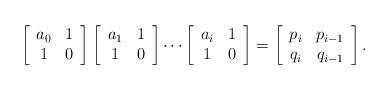
LaTeX: \begin{align*}\left[\begin{array}{cc} a_0 & 1\\ 1 & 0 \end{array}\right]\left[\begin{array}{cc} a_1 & 1\\ 1 & 0 \end{array}\right]\cdots\left[\begin{array}{cc} a_i & 1\\ 1 & 0 \end{array}\right]=\left[\begin{array}{cc} p_i&p_{i-1}\\ q_i&q_{i-1}\end{array}\right]. \end{align*}